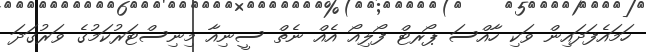
ހަމައެފަދައިން ވަކި ހާއްސަ ޕޯރޓް ފޯލިއޯ އެއް ނެތް ސީނިއާ މިނިސްޓަރުކަމުގެ ވަރުގަދަ